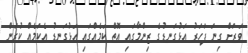
ވަރަށް ގިނަ ފަހަރު އަޅުގަނޑުގެ ޒިންމާގައި އޮތް ކަމެއްގައި އަޅުގަނޑު އެކަމެއް ކުރަން